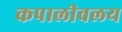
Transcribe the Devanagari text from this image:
कपालीवलय